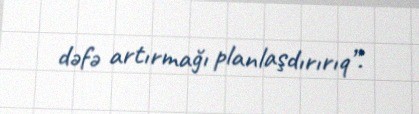
dəfə artırmağı planlaşdırırıq”.